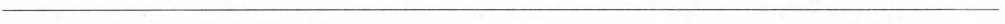
_________________________________________________________________